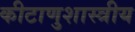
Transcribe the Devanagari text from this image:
कीटाणुशास्त्रीय